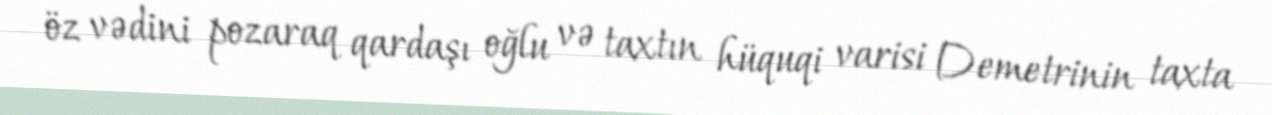
öz vədini pozaraq qardaşı oğlu və taxtın hüquqi varisi Demetrinin taxta